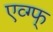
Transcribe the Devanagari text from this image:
एव्ग्फ्